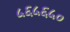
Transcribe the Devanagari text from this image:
५६५६५०